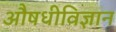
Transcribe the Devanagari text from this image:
औषधीविज्ञान